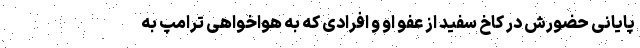
پایانی حضورش در کاخ سفید از عفو او و افرادی که به هواخواهی ترامپ به